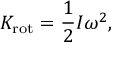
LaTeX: K _ { \mathrm { r o t } } = { \frac { 1 } { 2 } } I \omega ^ { 2 } ,